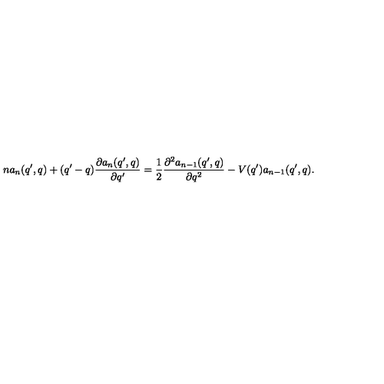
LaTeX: n a _ { n } ( q ^ { \prime } , q ) + ( q ^ { \prime } - q ) \frac { \partial a _ { n } ( q ^ { \prime } , q ) } { \partial q ^ { \prime } } = \frac { 1 } { 2 } \frac { \partial ^ { 2 } a _ { n - 1 } ( q ^ { \prime } , q ) } { \partial q ^ { 2 } } - V ( q ^ { \prime } ) a _ { n - 1 } ( q ^ { \prime } , q ) .